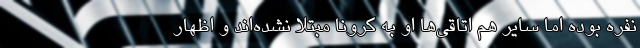
نفره بوده اما سایر هم اتاقی‌ها او به کرونا مبتلا نشده‌اند و اظهار